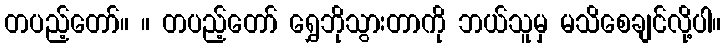
တပည့်တော်။ ။ တပည့်တော် ရွှေဘိုသွားတာကို ဘယ်သူမှ မသိစေချင်လို့ပါ။